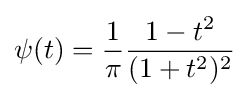
\psi (t)={\frac {1}{\pi }}{\frac {1-t^{2}}{(1+t^{2})^{2}}}